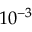
1 0 ^ { - 3 }